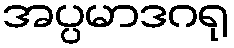
အပ္ပမာဒဂရု